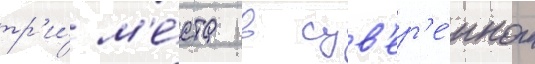
тр'и́ м'е́ста в сув'ер'е́нном